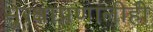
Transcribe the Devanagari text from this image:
सुरक्षाप्रणालीही